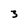
Character: 3